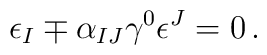
\epsilon_{I}\mp\alpha_{IJ}\gamma^{0}\epsilon^{J}= 0\, .